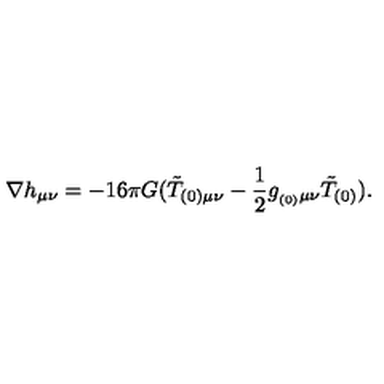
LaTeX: \nabla h _ { \mu \nu } = - 1 6 \pi G ( \tilde { T } _ { ( 0 ) \mu \nu } - \frac { 1 } { 2 } g _ { _ { ( 0 ) } \mu \nu } \tilde { T } _ { ( 0 ) } ) .